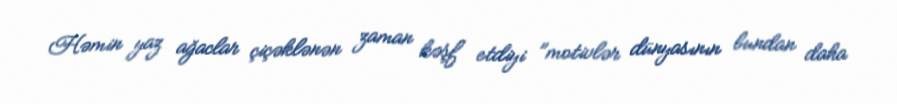
Həmin yaz ağaclar çiçəklənən zaman kəşf etdiyi "motivlər dünyasının bundan daha